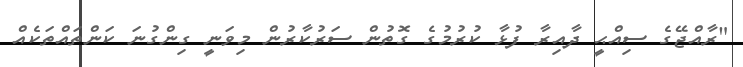
"ރާއްޖޭގެ ސިއްޙީ ދާއިރާ ފުޅާ ކުރުމުގެ ގޮތުން ސަރުކާރުން މިވަނީ ގިންގުނަ ކަންތައްތަކެއް